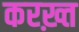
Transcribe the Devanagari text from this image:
करख़्त